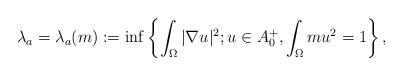
LaTeX: \begin{align*}\lambda_a =\lambda_a(m):=\inf\left\{\int_{\Omega} |\nabla u|^2; u \in A_0^+, \int_{\Omega}mu^2=1 \right\},\end{align*}